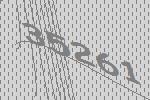
35261